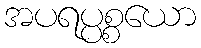
အပရပ္ပစ္စယော